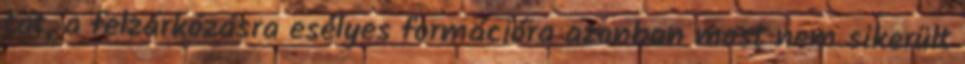
tát, a felzárkózásra esélyes formációra azonban most nem sikerült